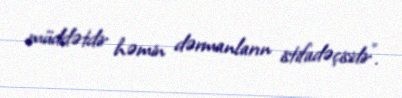
müddətdir həmin dərmanların istifadəçisidir".